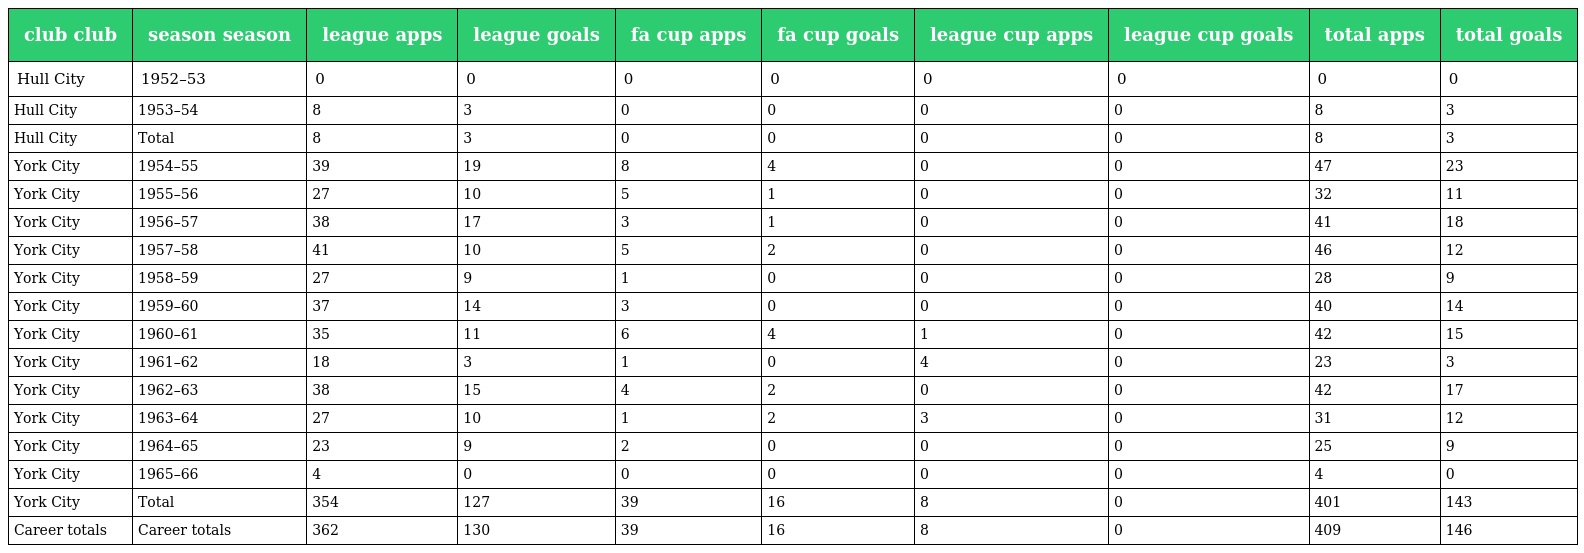
| club club | season season | league apps | league goals | fa cup apps | fa cup goals | league cup apps | league cup goals | total apps | total goals |
 | --- | --- | --- | --- | --- | --- | --- | --- | --- | --- |
 | Hull City | 1952–53 | 0 | 0 | 0 | 0 | 0 | 0 | 0 | 0 |
 | Hull City | 1953–54 | 8 | 3 | 0 | 0 | 0 | 0 | 8 | 3 |
 | Hull City | Total | 8 | 3 | 0 | 0 | 0 | 0 | 8 | 3 |
 | York City | 1954–55 | 39 | 19 | 8 | 4 | 0 | 0 | 47 | 23 |
 | York City | 1955–56 | 27 | 10 | 5 | 1 | 0 | 0 | 32 | 11 |
 | York City | 1956–57 | 38 | 17 | 3 | 1 | 0 | 0 | 41 | 18 |
 | York City | 1957–58 | 41 | 10 | 5 | 2 | 0 | 0 | 46 | 12 |
 | York City | 1958–59 | 27 | 9 | 1 | 0 | 0 | 0 | 28 | 9 |
 | York City | 1959–60 | 37 | 14 | 3 | 0 | 0 | 0 | 40 | 14 |
 | York City | 1960–61 | 35 | 11 | 6 | 4 | 1 | 0 | 42 | 15 |
 | York City | 1961–62 | 18 | 3 | 1 | 0 | 4 | 0 | 23 | 3 |
 | York City | 1962–63 | 38 | 15 | 4 | 2 | 0 | 0 | 42 | 17 |
 | York City | 1963–64 | 27 | 10 | 1 | 2 | 3 | 0 | 31 | 12 |
 | York City | 1964–65 | 23 | 9 | 2 | 0 | 0 | 0 | 25 | 9 |
 | York City | 1965–66 | 4 | 0 | 0 | 0 | 0 | 0 | 4 | 0 |
 | York City | Total | 354 | 127 | 39 | 16 | 8 | 0 | 401 | 143 |
 | Career totals | Career totals | 362 | 130 | 39 | 16 | 8 | 0 | 409 | 146 |